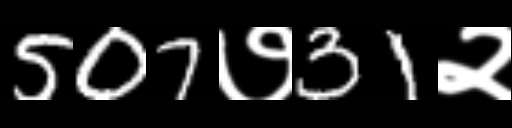
Text: 507७31२